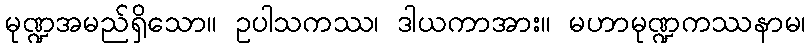
မုဏ္ဍအမည်ရှိသော။ ဥပါသကဿ၊ ဒါယကာအား။ မဟာမုဏ္ဍကဿနာမ၊